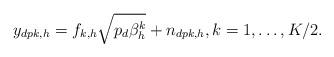
LaTeX: \begin{align*}y_{dpk,h}=f_{k,h} \sqrt{p_d\beta_h^k}+ n_{dpk,h}, k=1,\ldots,K/2.\end{align*}